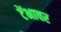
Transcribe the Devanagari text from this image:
टेंभावर